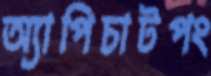
অ্যাপিচাটপং